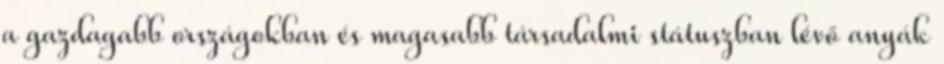
a gazdagabb országokban és magasabb társadalmi státuszban lévő anyák